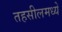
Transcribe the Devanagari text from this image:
तहसीलमध्ये